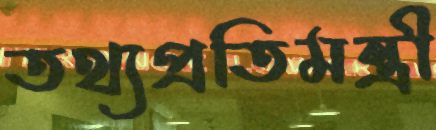
তথ্যপ্রতিমন্ত্রী